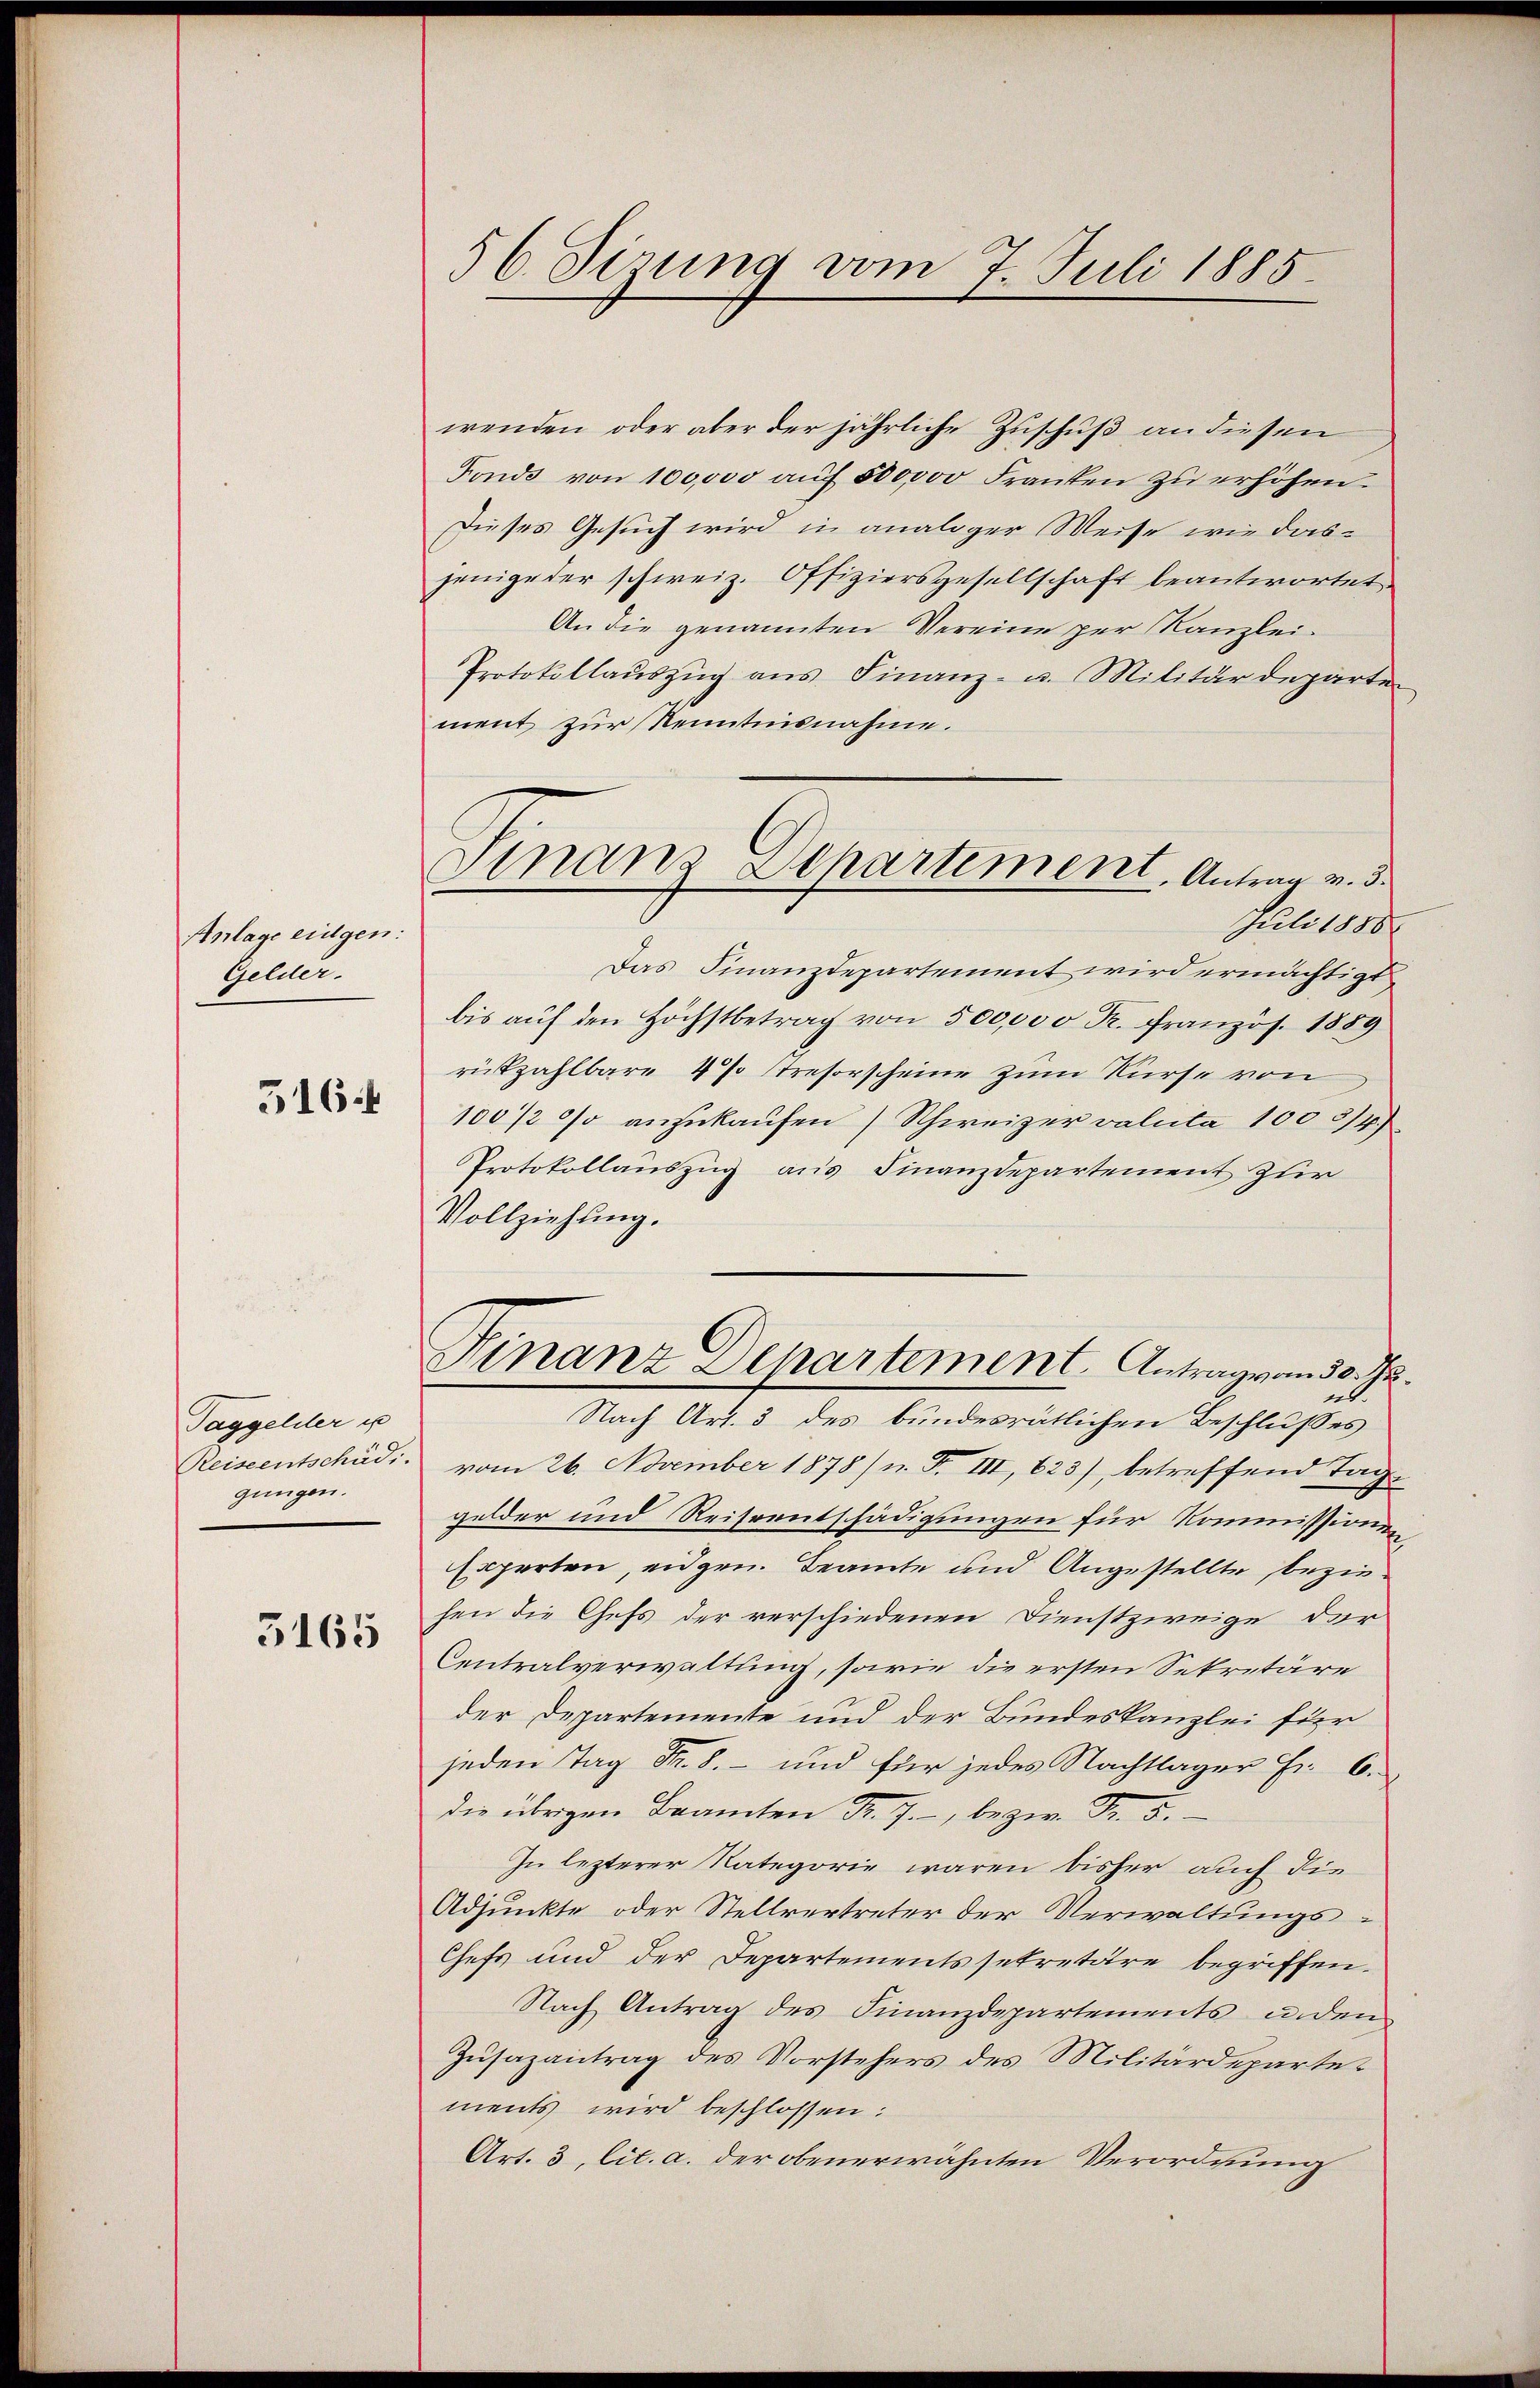
Anlage eidgen:
Gelder.
516.

Taggelder u
gungen.
5165

§ 6. Sizung vom 7. Juli 1885.

wenden, oder aber der jährliche Zuschuß an diesen
Fonds von 100,000 aŭf 500000 Franken zŭ erhöhen.
Dieses Gesuch wird in analoger Weise wie dasjenige der schweiz. Offiziersgesellschaft beantwortet
An die genannten Vereine per Kanzlei-
Protokollaŭszŭg ans Finanz- u. Militärdeparte
ment zur Kenntnisnahme.
Das Finanzdepartement wird ermächtigt
bis auf den Höchstbetrag von 500,000 Fr. Französ. 1889
rückzahlbare 4 % streforscheine zum Kurse von
100/2 % anzukaufen) Schweizer valuta 10054)
Protokollauszug aus Finanzdepartement zur
Vollziehung.
Winanz Departement. Antrag vom 30. Ju
n.
Nach Art. 3 des bundesrätlichen Beschlußes
Reiseentschädi. vom 26. November 1878/ n. F. III, 623), betreffend Tage
gelder und Reiseentschädigungen für Kommissionen
Experten, eidgen. Beamte und Angestellte beziehen die Chefs der verschiedenen Dienstzweige der
Centralverwaltung, sowie die ersten Sekretäre
der Departemente und der Bundeskanzlei für
jeden Tag Fr. 8. - und für jedes Nachtlager Fr. 6.
die übrigen Beamten Fr. J., bezw. Fr. 5.
In lezterer Kategorie waren bisher auch die
Adjunkte oder Stellvertreter der Verwaltungs-
Chefs und der Departementssekretäre begriffen.
Nach Antrag des Finanzdepartements inden
Zusazantrag des Vorstehers des Militärdepartements wird beschlossen:
Art. 3, lit. a. der obenerwähnten Verordnung

Finanz Departement, Antrag v. 3.
Juli 1888.